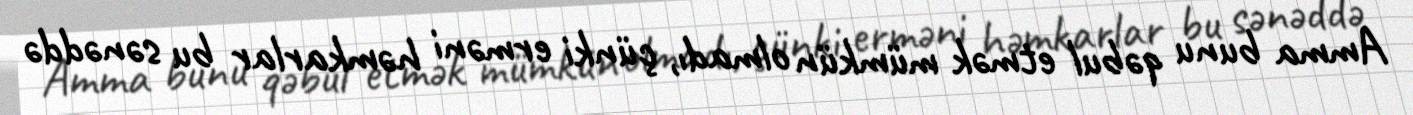
Amma bunu qəbul etmək mümkün olmadı, çünki erməni həmkarlar bu sənəddə